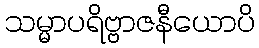
သမ္မာပရိဗ္ဗာဇနီယောပိ